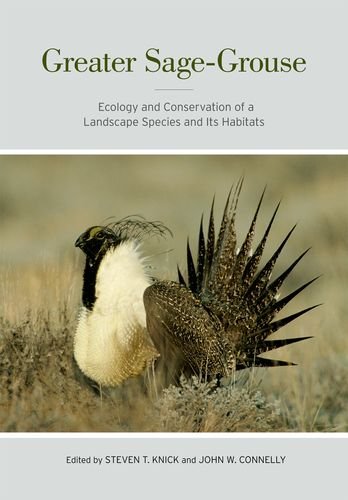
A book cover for Greater Sage-Grouse: Ecology and Conservation of a Landscape Species and Its Habitats (Studies in Avian Biology); Science & Math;